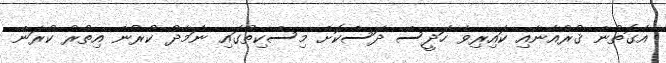
އެގޮތުން ޤުރުއާނާއި ކައިރިވެ ހަދީސް ދަސްކޮށް މިސްކިތުގައި ނަމާދު ކުރުން އިތުރު ކުރަން